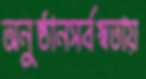
অনুষ্ঠানসর্বস্বতায়